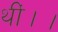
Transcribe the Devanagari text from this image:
थीं।।